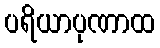
ပရိယာပုဏာထ